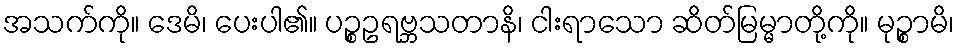
အသက်ကို။ ဒေမိ၊ ပေးပါ၏။ ပဉ္စဥရဗ္ဘသတာနိ၊ ငါးရာသော ဆိတ်မြမ္မာတို့ကို။ မုဉ္စာမိ၊